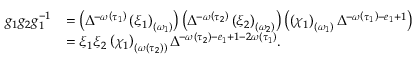
\begin{array} { r l } { g _ { 1 } g _ { 2 } g _ { 1 } ^ { - 1 } } & { = \left( \Delta ^ { - \omega \left( \tau _ { 1 } \right) } \left( \xi _ { 1 } \right) _ { \left( \omega _ { 1 } \right) } \right) \left( \Delta ^ { - \omega \left( \tau _ { 2 } \right) } \left( \xi _ { 2 } \right) _ { \left( \omega _ { 2 } \right) } \right) \left( \left( \chi _ { 1 } \right) _ { \left( \omega _ { 1 } \right) } \Delta ^ { - \omega \left( \tau _ { 1 } \right) - e _ { 1 } + 1 } \right) } \\ & { = \xi _ { 1 } \xi _ { 2 } \left( \chi _ { 1 } \right) _ { \left( \omega \left( \tau _ { 2 } \right) \right) } \Delta ^ { - \omega \left( \tau _ { 2 } \right) - e _ { 1 } + 1 - 2 \omega \left( \tau _ { 1 } \right) } . } \end{array}